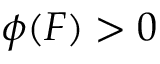
\phi ( F ) > 0